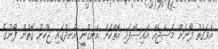
އެވަގުތު ފޯނަށް މެސެޖެއް އައިސްފައި އޮތްކަން އެނގުނީ އެނދުގައި ޖެހުނު ގޮތުން ފޯނުގެ